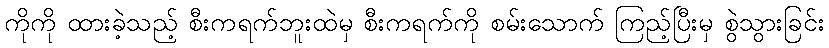
ကိုကို ထားခဲ့သည့် စီးကရက်ဘူးထဲမှ စီးကရက်ကို စမ်းသောက် ကြည့်ပြီးမှ စွဲသွားခြင်း